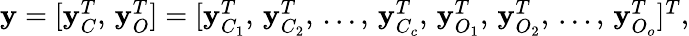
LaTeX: \begin{array}{r}{\mathbf{y}=[\mathbf{y}_{C}^{T},\, \mathbf{y}_{O}^{T}]=[\mathbf{y}_{C_{1}}^{T},\, \mathbf{y}_{C_{2}}^{T},\, \dots,\, \mathbf{y}_{C_{c}}^{T},\, \mathbf{y}_{O_{1}}^{T},\, \mathbf{y}_{O_{2}}^{T},\, \dots,\, \mathbf{y}_{O_{o}}^{T}]^{T},}\end{array}